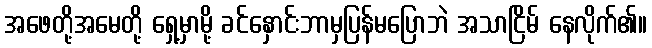
အဖေတို့အမေတို့ ရှေ့မှာမို့ ခင်နှောင်းဘာမှပြန်မပြောဘဲ အသာငြိမ် နေလိုက်၏။